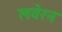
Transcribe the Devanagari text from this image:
लवेरन